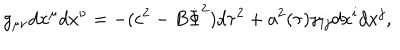
LaTeX: g _ { \mu \nu } d x ^ { \mu } d x ^ { \nu } = - ( c ^ { 2 } - B \dot { \Phi } ^ { 2 } ) d \tau ^ { 2 } + a ^ { 2 } ( \tau ) \gamma _ { i j } d x ^ { i } d x ^ { j } ,